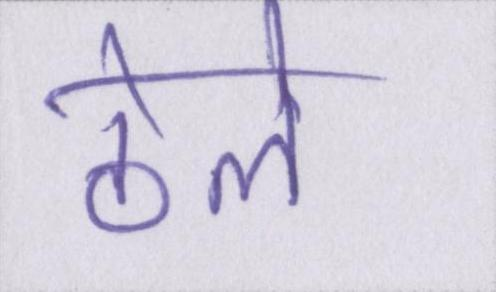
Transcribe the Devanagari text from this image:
ठेले